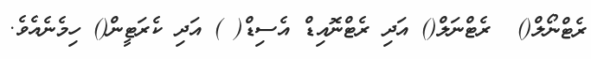
ރެޓްނޯލް()  ރެޓްނަލް() އަދި ރެޓްނޮއިޑް އެސިޑް( ) އަދި ކެރަޓީން() ހިމެނެއެވެ.